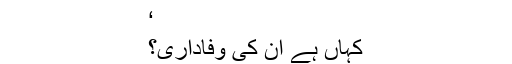
‘
کہاں ہے ان کی وفاداری؟